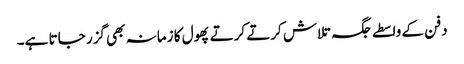
دفن کے واسطے جگہ تلاش کرتے کرتے پھول کا زمانہ بھی گزر جاتا ہے۔